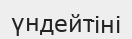
үндейтіні